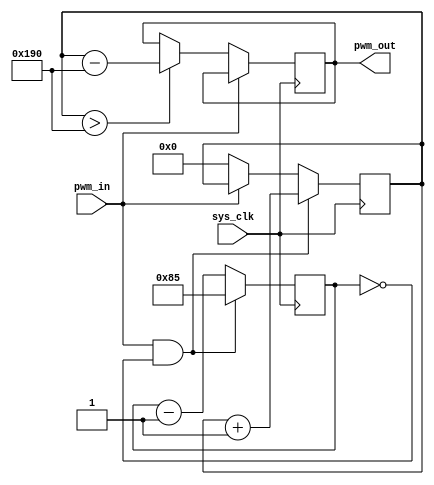
/*

Code from ECE412/3 Capstone team from 2017, Lucas Myers,  Svyatoslav Zhuchenya, Casey Montgomery, Charley  Hill
File downloaded from: https://github.com/lucas709/drone_soc/blob/master/verilog_src/reciever_reader.v

*/

//---------------------------------------------------------------------------
// ECE 412-413 Capstone Winter/Spring 2017
// Team 05 Drone SOC
// Lucas Myers, Svyatoslav Zhuchenya, Casey Montgomery, Charley Hill
//
// with a period of 50 hz and a max 10% duty cycle the max period high will be 2ms
// part that will be fluctuating will fluctuate only over 5 % or by a max variation of 1ms
// I recommend to get a resolution of 100 ticks to pole with clock frequency of 100 kHz
//----------------------------------------------------------------------------
module reciever_reader(
		       sys_clk,
		       pwm_in,
		       pwm_out
                       );
   
   //Parameters
   // 
   parameter COUNTER_SIZE = 10;
   // determined by the input clock frequency (Want divided period to happen about 400 times per millisecond)
   parameter DIVIDER_SIZE  = 133;                // to change to 500, 4/5 * 133
   // Number of samples per millisecond
   parameter MAX_COUNT  = 400;                   // to change to 500, add 100
   parameter LONG_SEQUENCE = 10'b0000000000;     // must must must change to zeros later
   parameter SHORT_SEQUENCE = 10'b0000000000;
   //   inputs
   input wire sys_clk, pwm_in;
   
   //  output
   output wire [COUNTER_SIZE-1 : 0] pwm_out; 
   
   // internal registers
   reg [COUNTER_SIZE-1 : 0] 	    counter_int; // internal
   reg [COUNTER_SIZE : 0] 		    counter_div; // for dividing clock
   reg [COUNTER_SIZE-1 : 0] 	    out_holder;
   reg 				    pwm_h;
   
   // output has a continuously assigned value
   assign pwm_out = out_holder;
   
   // all sequential logic for reader in one always block
   always @ (posedge sys_clk)
     begin
	if(~pwm_in)
	  begin
	     if(counter_int > MAX_COUNT)
	       begin
		  out_holder[COUNTER_SIZE-1 : 0] <= (counter_int[COUNTER_SIZE-1 :0] - MAX_COUNT);	  
		  counter_int <= SHORT_SEQUENCE;	
	       end
	     else
	       begin
		  counter_int <= SHORT_SEQUENCE;	
	       end
	  end
	
	else
	  begin
	     out_holder <= out_holder;
	  end	
	
	if (pwm_in && (counter_div == 0))
	  begin
	     counter_int <= counter_int + 1;
	     counter_div <= DIVIDER_SIZE;
	  end
	else
	  begin
	     counter_div <= counter_div - 1;
	  end
     end
endmodule